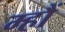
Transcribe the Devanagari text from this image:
म्हौं